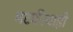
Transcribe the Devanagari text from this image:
मटकीचाही